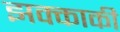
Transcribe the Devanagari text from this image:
झक्काकी